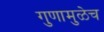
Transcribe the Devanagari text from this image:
गुणामुळेच